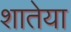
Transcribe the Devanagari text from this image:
शातेया